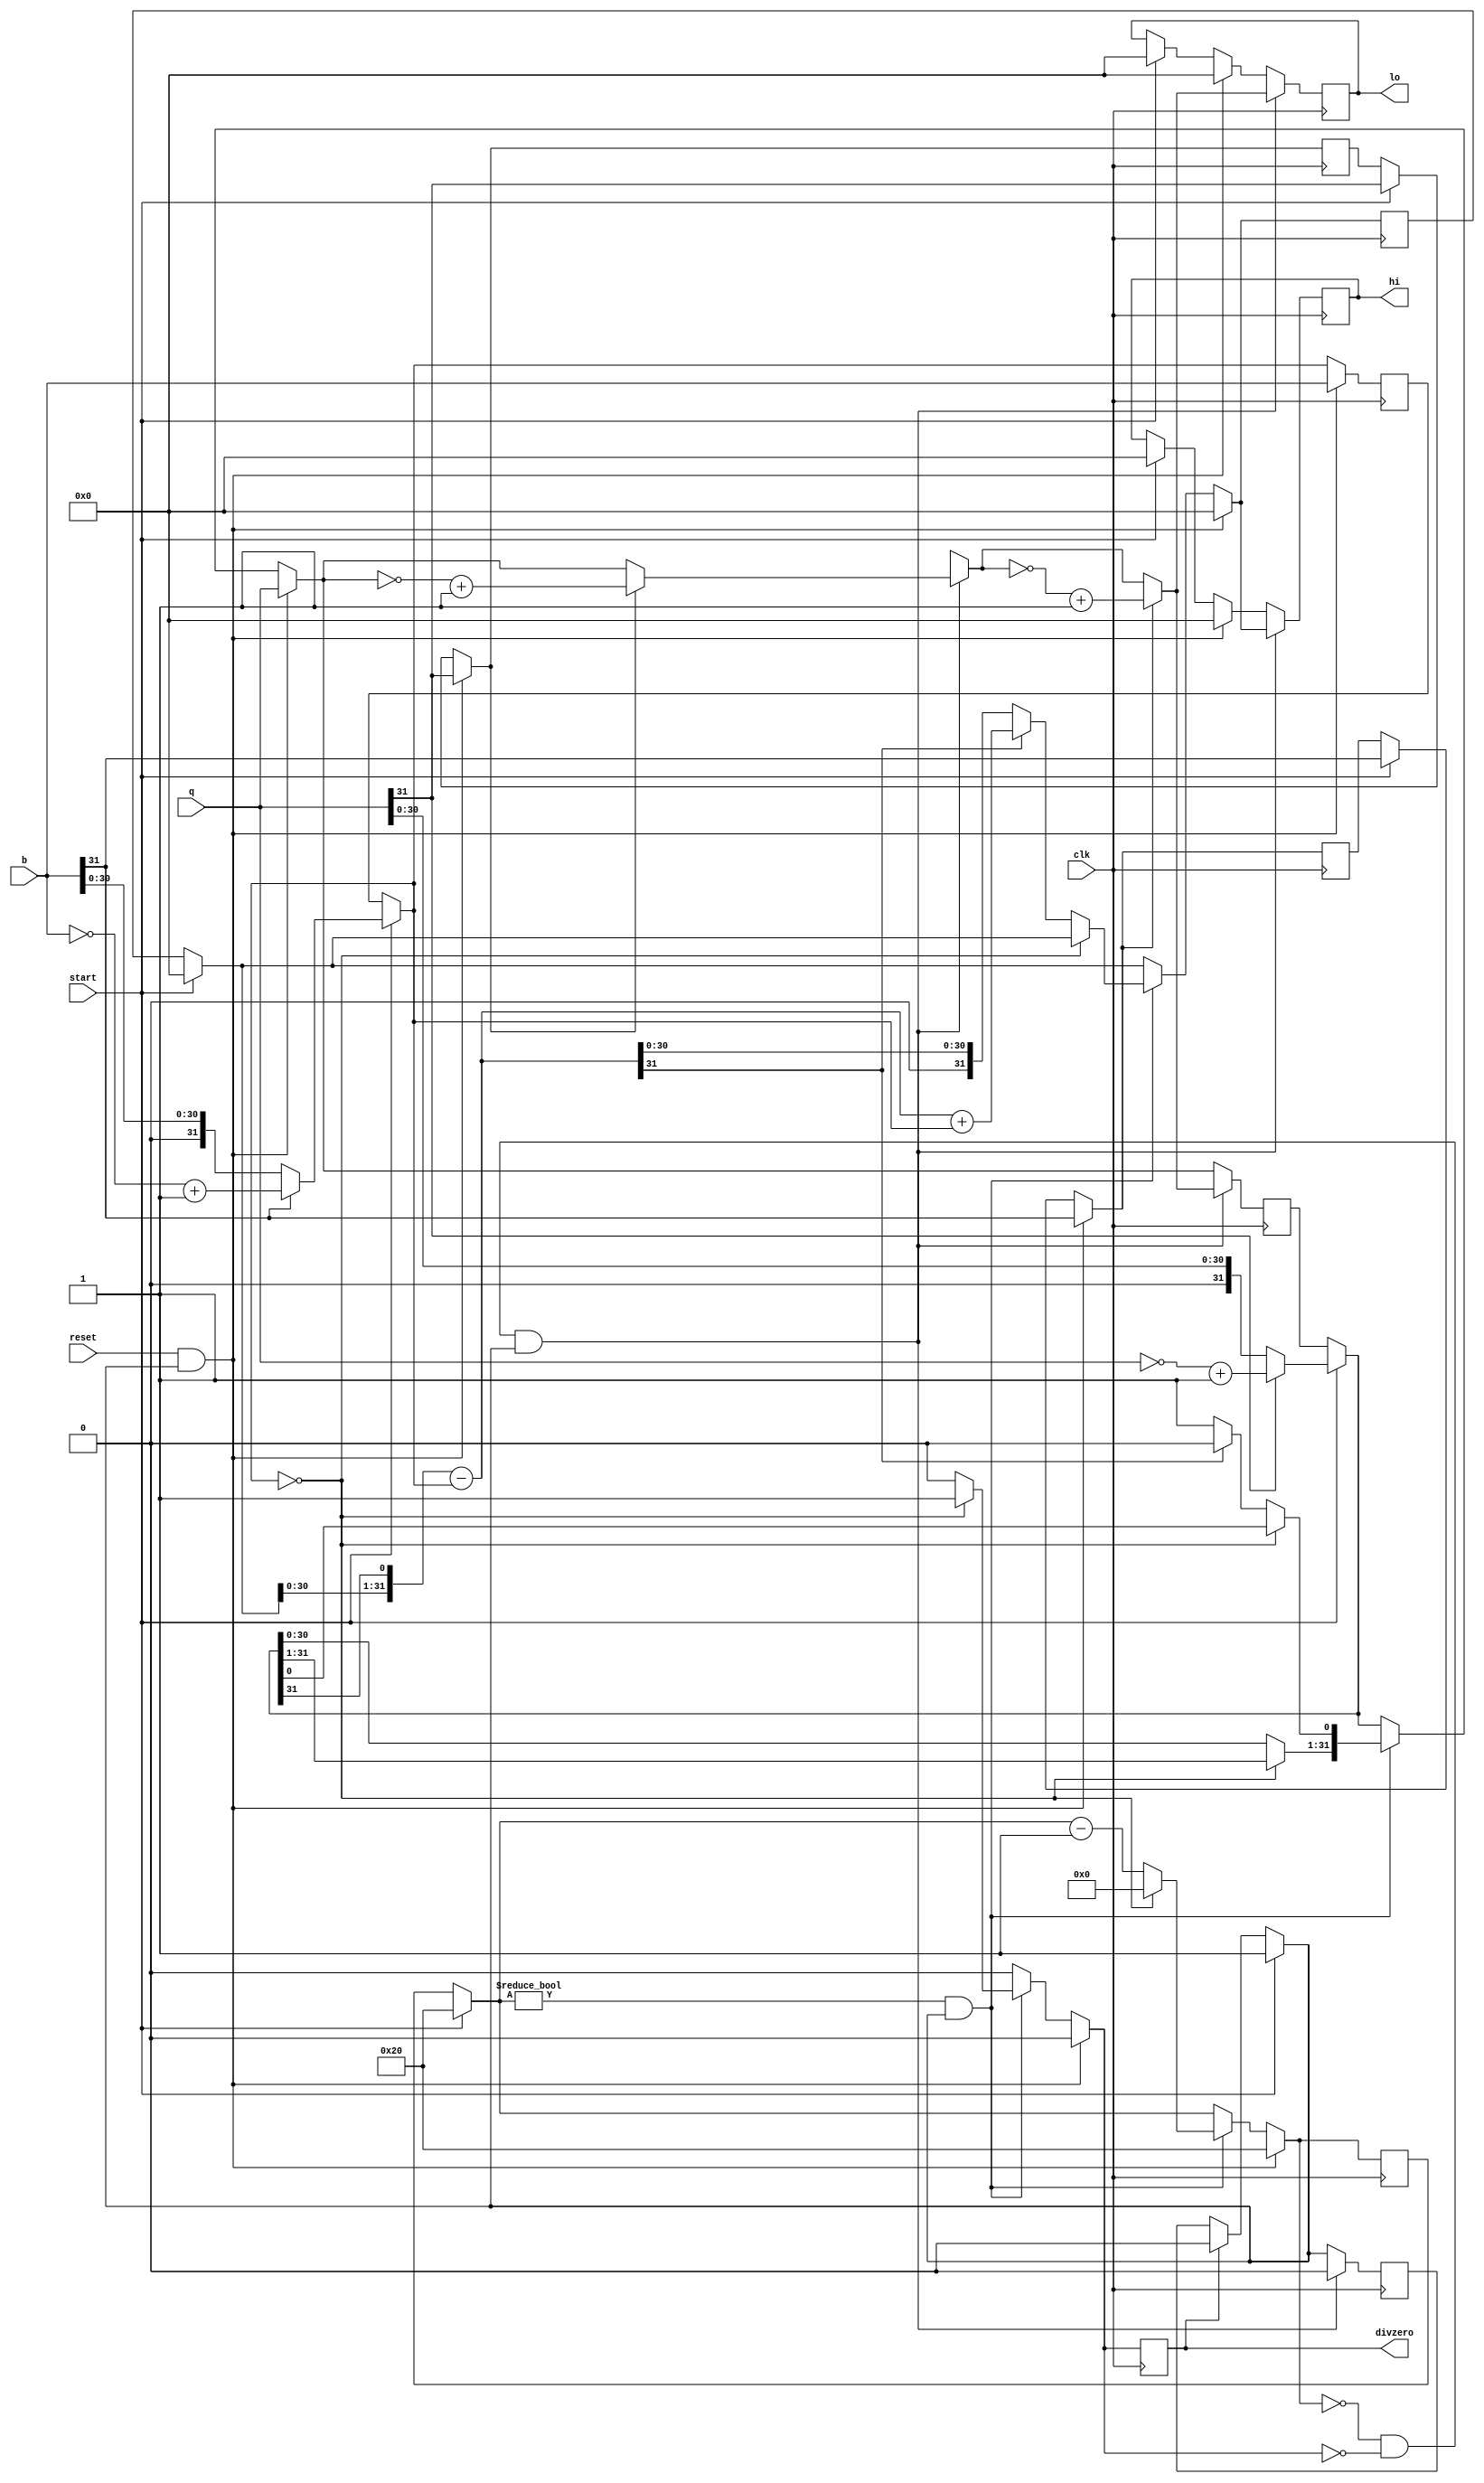
module div(
    input wire [31:0] b,
    input wire [31:0] q,
    input wire clk,
    input wire start,
    input wire reset,
    output reg divzero,
    output reg [31:0] hi,
    output reg [31:0] lo
);
    reg [31:0] a;
    reg [31:0] divisor;
    reg [31:0] dividendo;
    reg [5:0] contador;
    reg status = 1'b0;

    reg sinalDivisor;
    reg sinalDividendo;

    always @(posedge clk) begin
        if (divzero == 1'b1) begin
          status = 1'b0;
          divzero = 1'b0;
        end
        if (start == 1'b1) begin
                a = 32'b0;
                dividendo = q;
                divisor = b;
                contador = 6'd32;
                hi = 32'b0;
                lo = 32'b0;
                status = 1'b1;
                divzero = 1'b0;
                sinalDivisor = divisor[31];   
                sinalDividendo = dividendo[31]; 
                if (divisor[31] == 1'b1) begin
                  divisor = ~(divisor) + 1'b1;
                end

                if (dividendo[31] == 1'b1) begin
                  dividendo = ~(dividendo) + 1'b1;
                end

        end
        if (reset == 1'b1 && status == 1'b1)begin
                    a = 32'b0;
                    dividendo = q;
                    divisor = b;
                    contador = 6'd32;
                    hi = 32'b0;
                    lo = 32'b0;
                    divzero = 1'b0;
                    sinalDivisor = divisor[31];   
                    sinalDividendo = dividendo[31]; 
        end

        else if (contador != 0 && status == 1'b1) begin

            if(divisor == 32'b0) begin

                divzero = 1'b1;
                contador = 6'b0;
            end

            else begin
            {a,dividendo} = {a, dividendo} << 1'b1;
            a = a - divisor;
            if (a[31] == 1'b1)begin
                a = a + divisor;
            end
            else begin
                dividendo[0] = 1'b1;
            end
            contador = contador - 1'b1;
            end
        end
        if (contador == 6'b0 && divzero == 1'b0 && status == 1'b1) begin

          if (sinalDividendo == 1'b1) begin
            dividendo = ~dividendo + 1'b1;
          end

          if (sinalDivisor == 1'b1) begin
            dividendo = ~dividendo + 1'b1;
          end
                hi = a;
                lo = dividendo;
                status = 1'b0;
        end
    end
endmodule